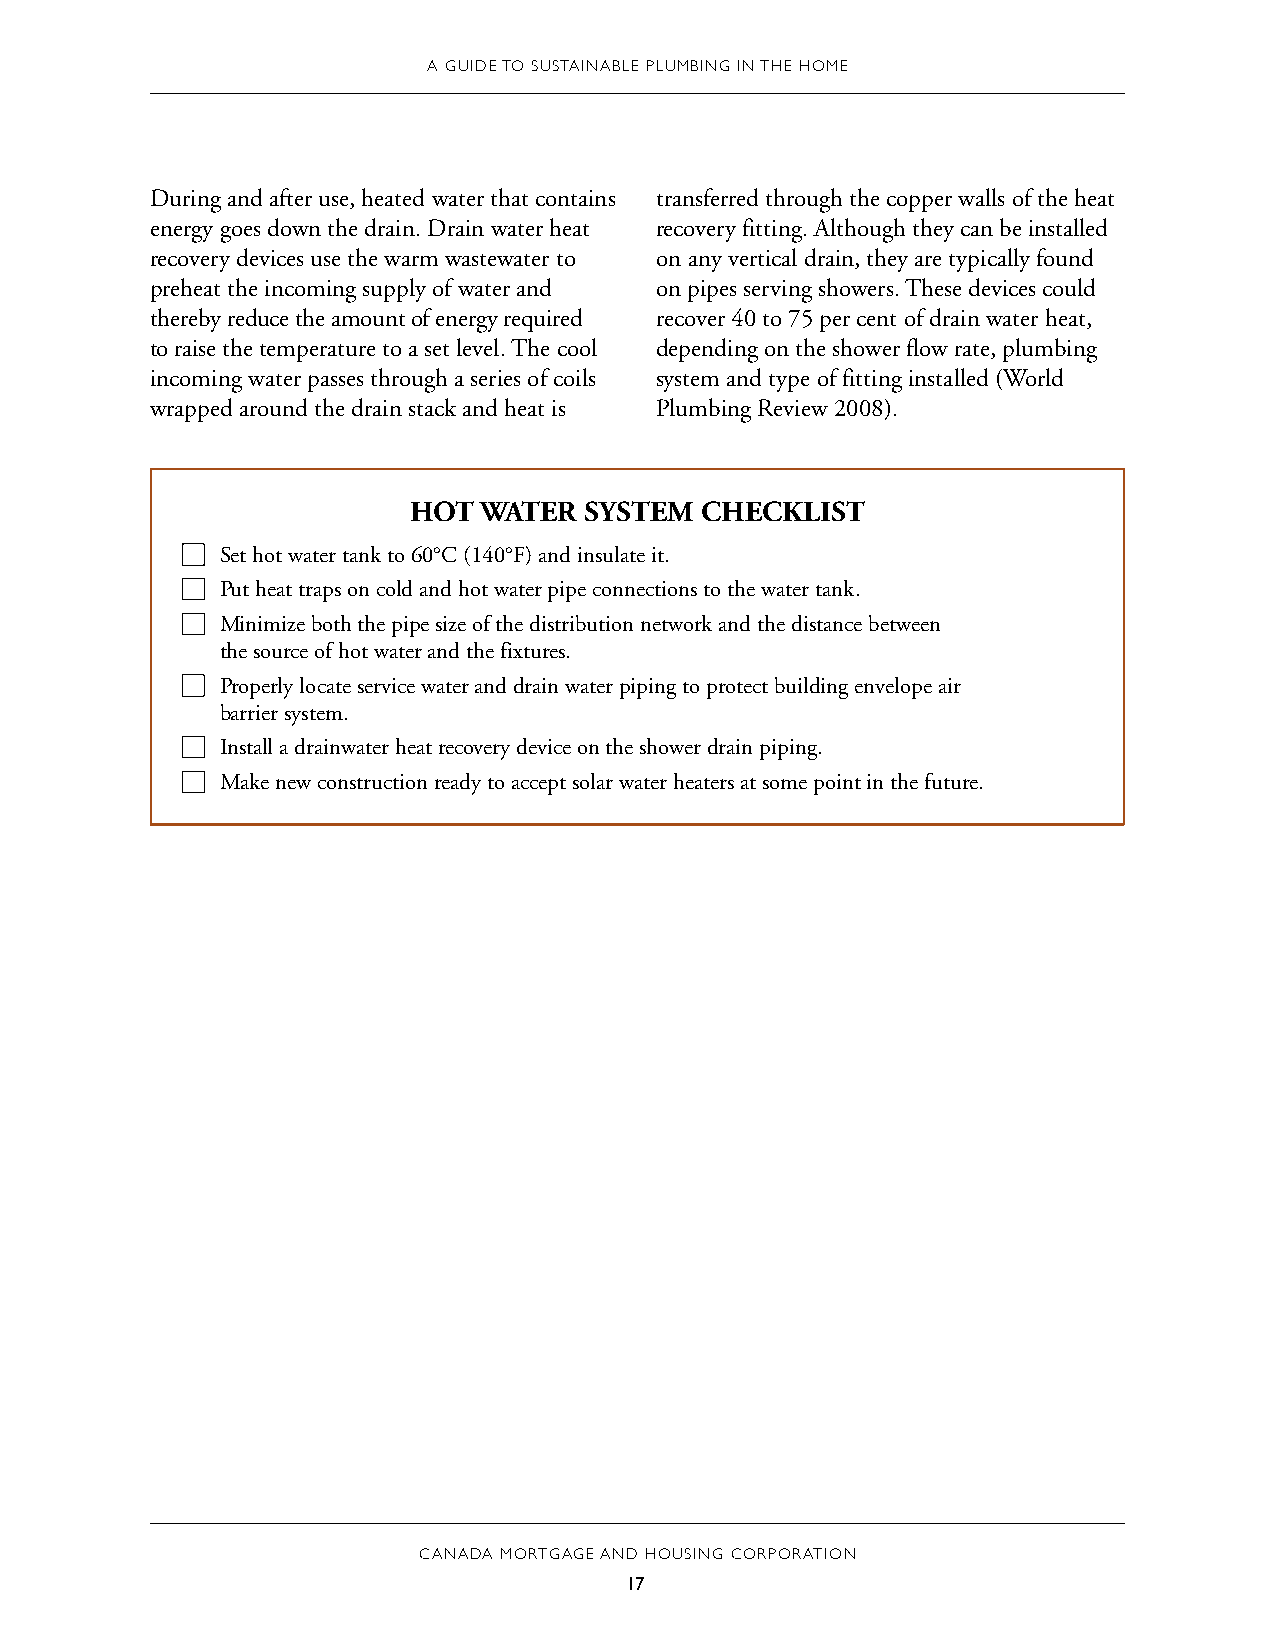
A GUIDE TO SUSTAINABLE PLUMBING IN THE HOME
 During and after use, heated water that contains transferred through the copper walls of the heat
 energy goes down the drain. Drain water heat recovery fitting. Although they can be installed
 recovery devices use the warm wastewater to on any vertical drain, they are typically found
 preheat the incoming supply of water and on pipes serving showers. These devices could
 thereby reduce the amount of energy required recover 40 to 75 per cent of drain water heat,
 to raise the temperature to a set level. The cool depending on the shower flow rate, plumbing
 incoming water passes through a series of coils system and type of fitting installed (World
 wrapped around the drain stack and heat is Plumbing Review 2008).
 HOT  WATER  SYSTEM CHECKLIST
 Set hot water tank to 60°C (140°F) and insulate it.
 Put heat traps on cold and hot water pipe connections to the water tank.
 Minimize both the pipe size of the distribution network and the distance between
 the source of hot water and the fixtures.
 Properly locate service water and drain water piping to protect building envelope air
 barrier system.
 Install a drainwater heat recovery device on the shower drain piping.
 Make new construction ready to accept solar water heaters at some point in the future.
 CANADA MORTGAGE AND HOUSING CORPORATION
 17